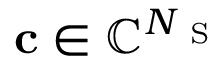
\mathbf { c } \in \mathbb { C } ^ { N _ { \mathrm { ~ S ~ } } }